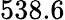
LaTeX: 538.6